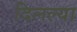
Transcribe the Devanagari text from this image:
दिलल्या